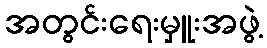
အတွင်းရေးမှူးအဖွဲ့